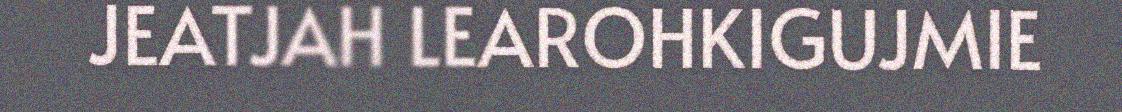
JEATJAH LEAROHKIGUJMIE